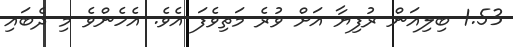
1.53 ބިލިއަން ރުފިޔާ އަށް ވުރެ މަތިވެފަ އެވެ. އެހެންވެ މި ދެބައި